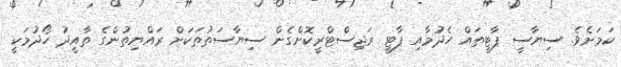
ކަމަށެވެ. ސިޔާސީ ޕާޓީތައް ހެދުމާއި ޕާޓީ ރަޖިސްޓްރީކޮށްގެން ސިޔާސަތުތަކަށް ރައްޔިތުންގެ ތާއީދު ހޯދުމަކީ